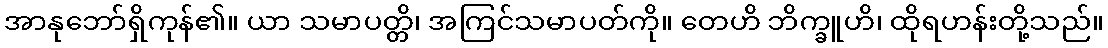
အာနုဘော်ရှိကုန်၏။ ယာ သမာပတ္တိ၊ အကြင်သမာပတ်ကို။ တေဟိ ဘိက္ခူဟိ၊ ထိုရဟန်းတို့သည်။